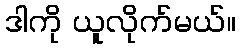
ဒါကို ယူလိုက်မယ်။